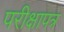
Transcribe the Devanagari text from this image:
परीक्षापत्र